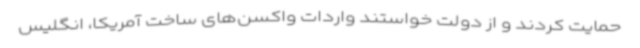
حمایت کردند و از دولت خواستند واردات واکسن‌های ساخت آمریکا، انگلیس